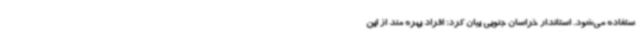
ستفاده می‌شود. استاندار خراسان جنوبی بیان کرد: افراد بهره مند از این